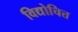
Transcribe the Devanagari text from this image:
विद्योचित्त